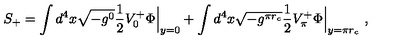
S _ { + } = \int d ^ { 4 } x \sqrt { - g ^ { 0 } } \frac { 1 } { 2 } V _ { 0 } ^ { + } \Phi \Bigr | _ { y = 0 } + \int d ^ { 4 } x \sqrt { - g ^ { \pi r _ { c } } } \frac { 1 } { 2 } V _ { \pi } ^ { + } \Phi \Bigr | _ { y = \pi r _ { c } } \ ,